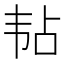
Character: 𬰳